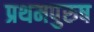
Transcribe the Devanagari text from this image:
प्रथमपुरुष